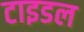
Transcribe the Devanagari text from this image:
टाइडल